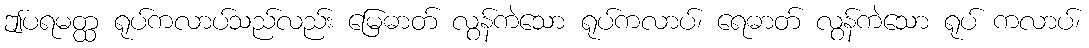
ဤပရမတ္ထ ရုပ်ကလာပ်သည်လည်း မြေဓာတ် လွန်ကဲသော ရုပ်ကလာပ်၊ ရေဓာတ် လွန်ကဲသော ရုပ် ကလာပ်၊